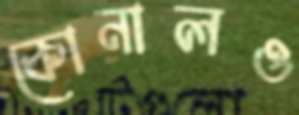
কোনালও